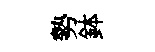
勢鉢